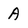
Character: A